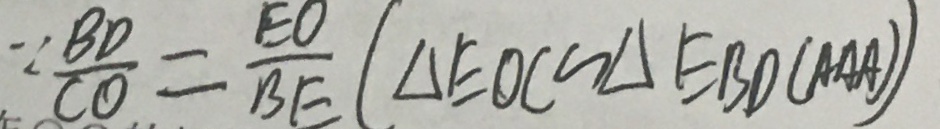
\because \frac { B D } { C O } = \frac { E D } { B E } ( \Delta E O C \sim \Delta E B D ( A A A ) )